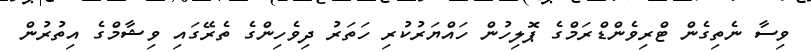
ވިސާ ނެތިގެން ޓްރިވެންޑްރަމްގެ ޕޮލިހުން ހައްޔަރުކުރި ހަތަރު ދިވެހިންގެ ތެރޭގައި ވިޝާމްގެ އިތުރުން